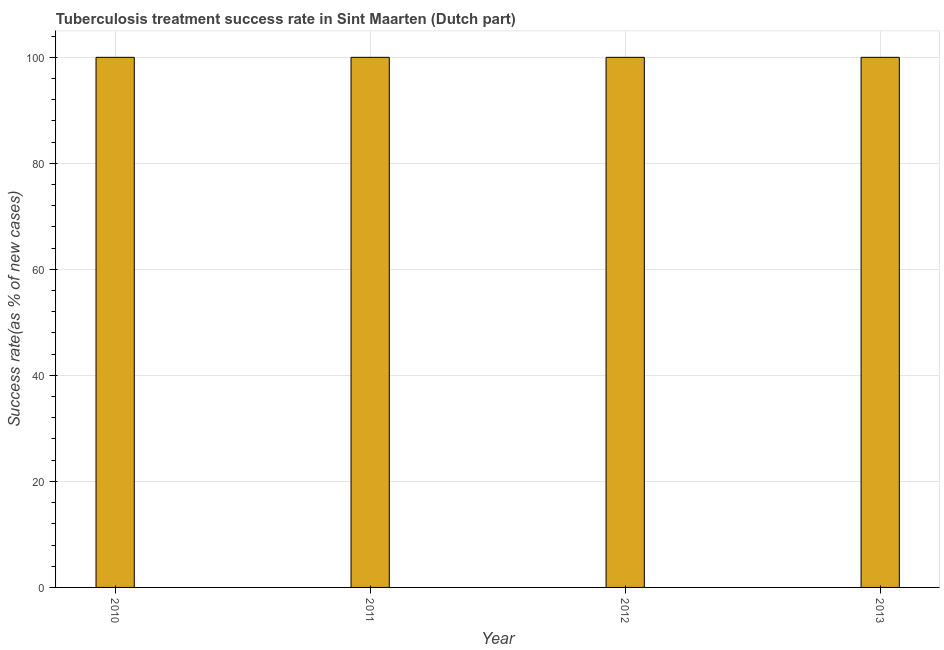
| Year | Tuberculosis treatment success rate |
 | --- | --- |
 | 2010 | 100 |
 | 2011 | 100 |
 | 2012 | 100 |
 | 2013 | 100 |